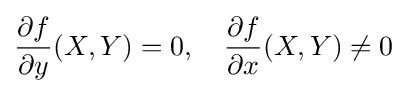
{\frac {\partial f}{\partial y}}(X,Y)=0,\quad {\frac {\partial f}{\partial x}}(X,Y)\neq 0